Vaccination in the Punjab 1883-1896 - 1883-1896
Year: 1883
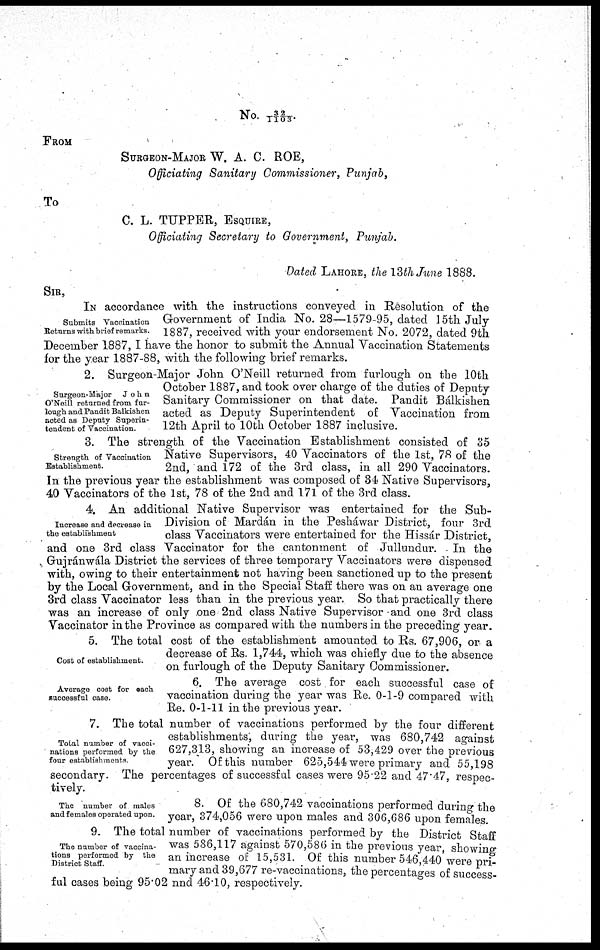
No. 32/1103.
FROM
SURGEON-MAJOR W. A. C. ROE,
Officiating Sanitary Commissioner, Punjab,
To
C. L. TUPPER, ESQUIRE,
Officiating Secretary to Government, Punjab.
Dated LAHORE, the 13th June 1888.
SIR,
Submits Vaccination
Returns with brief remarks.
IN accordance with the instructions conveyed in Resolution of the
Government of India No. 28—1579-95, dated 15th July
1887, received with your endorsement No. 2072, dated 9th
December 1887, I have the honor to submit the Annual Vaccination Statements
for the year 1887-88, with the following brief remarks.
Surgeon-Major
John
O'Neill returned from fur-
lough and Pandit Balkishen
acted as Deputy Superin-
tendent of Vaccination.
2. Surgeon-Major John O'Neill returned from furlough on the 10th
October 1887, and took over charge of the duties of Deputy
Sanitary Commissioner on that date. Pandit Bálkishen
acted as Deputy Superintendent of Vaccination from
12th April to 10th October 1887 inclusive.
Strength of Vaccination
Establishment.
3. The strength of the Vaccination Establishment consisted of 35
Native Supervisors, 40 Vaccinators of the 1st, 78 of the
2nd, and 172 of the 3rd class, in all 290 Vaccinators.
In the previous year the establishment was composed of 34 Native Supervisors,
40 Vaccinators of the 1st, 78 of the 2nd and 171 of the 3rd class.
Increase and decrease in
the establishment
4. An additional Native Supervisor was entertained for the Sub-
Division of Mardán in the Pesháwar District, four 3rd
class Vaccinators were entertained for the Hissár District,
and one 3rd class Vaccinator for the cantonment of Jullundur. In the
Gujránwála District the services of three temporary Vaccinators were dispensed
with, owing to their entertainment not having been sanctioned up to the present
by the Local Government, and in the Special Staff there was on an average one
3rd class Vaccinator less than in the previous year. So that practically there
was an increase of only one 2nd class Native Supervisor and one 3rd class
Vaccinator in the Province as compared with the numbers in the preceding year.
Cost of establishment.
5. The total cost of the establishment amounted to Rs. 67,906, or a
decrease of Rs. 1,744, which was chiefly due to the absence
on furlough of the Deputy Sanitary Commissioner.
Average cost for each
successful case.
6. The average cost for each successful case of
vaccination during the year was Re. 0-1-9 compared with
Re. 0-1-11 in the previous year.
Total number of vacci-
nations performed by the
four establishments.
7. The total number of vaccinations performed by the four different
establishments; during the year, was 680,742 against
627,313, showing an increase of 53,429 over the previous
year. Of this number 625,544 were primary and 55,198
secondary. The percentages of successful cases were 95.22 and 47.47, respec-
tively.
The number of males
and females operated upon.
8. Of the 680,742 vaccinations performed during the
year, 374,056 were upon males and 306,686 upon females.
The number of vaccina-
tions performed by the
District Staff.
9. The total number of vaccinations performed by the District Staff
was 586,117 against 570,586 in the previous year, showing
an increase of 15,531. Of this number 546,440 were pri-
mary and 39,677 re-vaccinations, the percentages of success-
ful cases being 95.02 and 46.10, respectively.